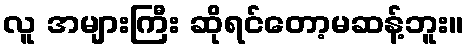
လူ အများကြီး ဆိုရင်တော့မဆန့်ဘူး။